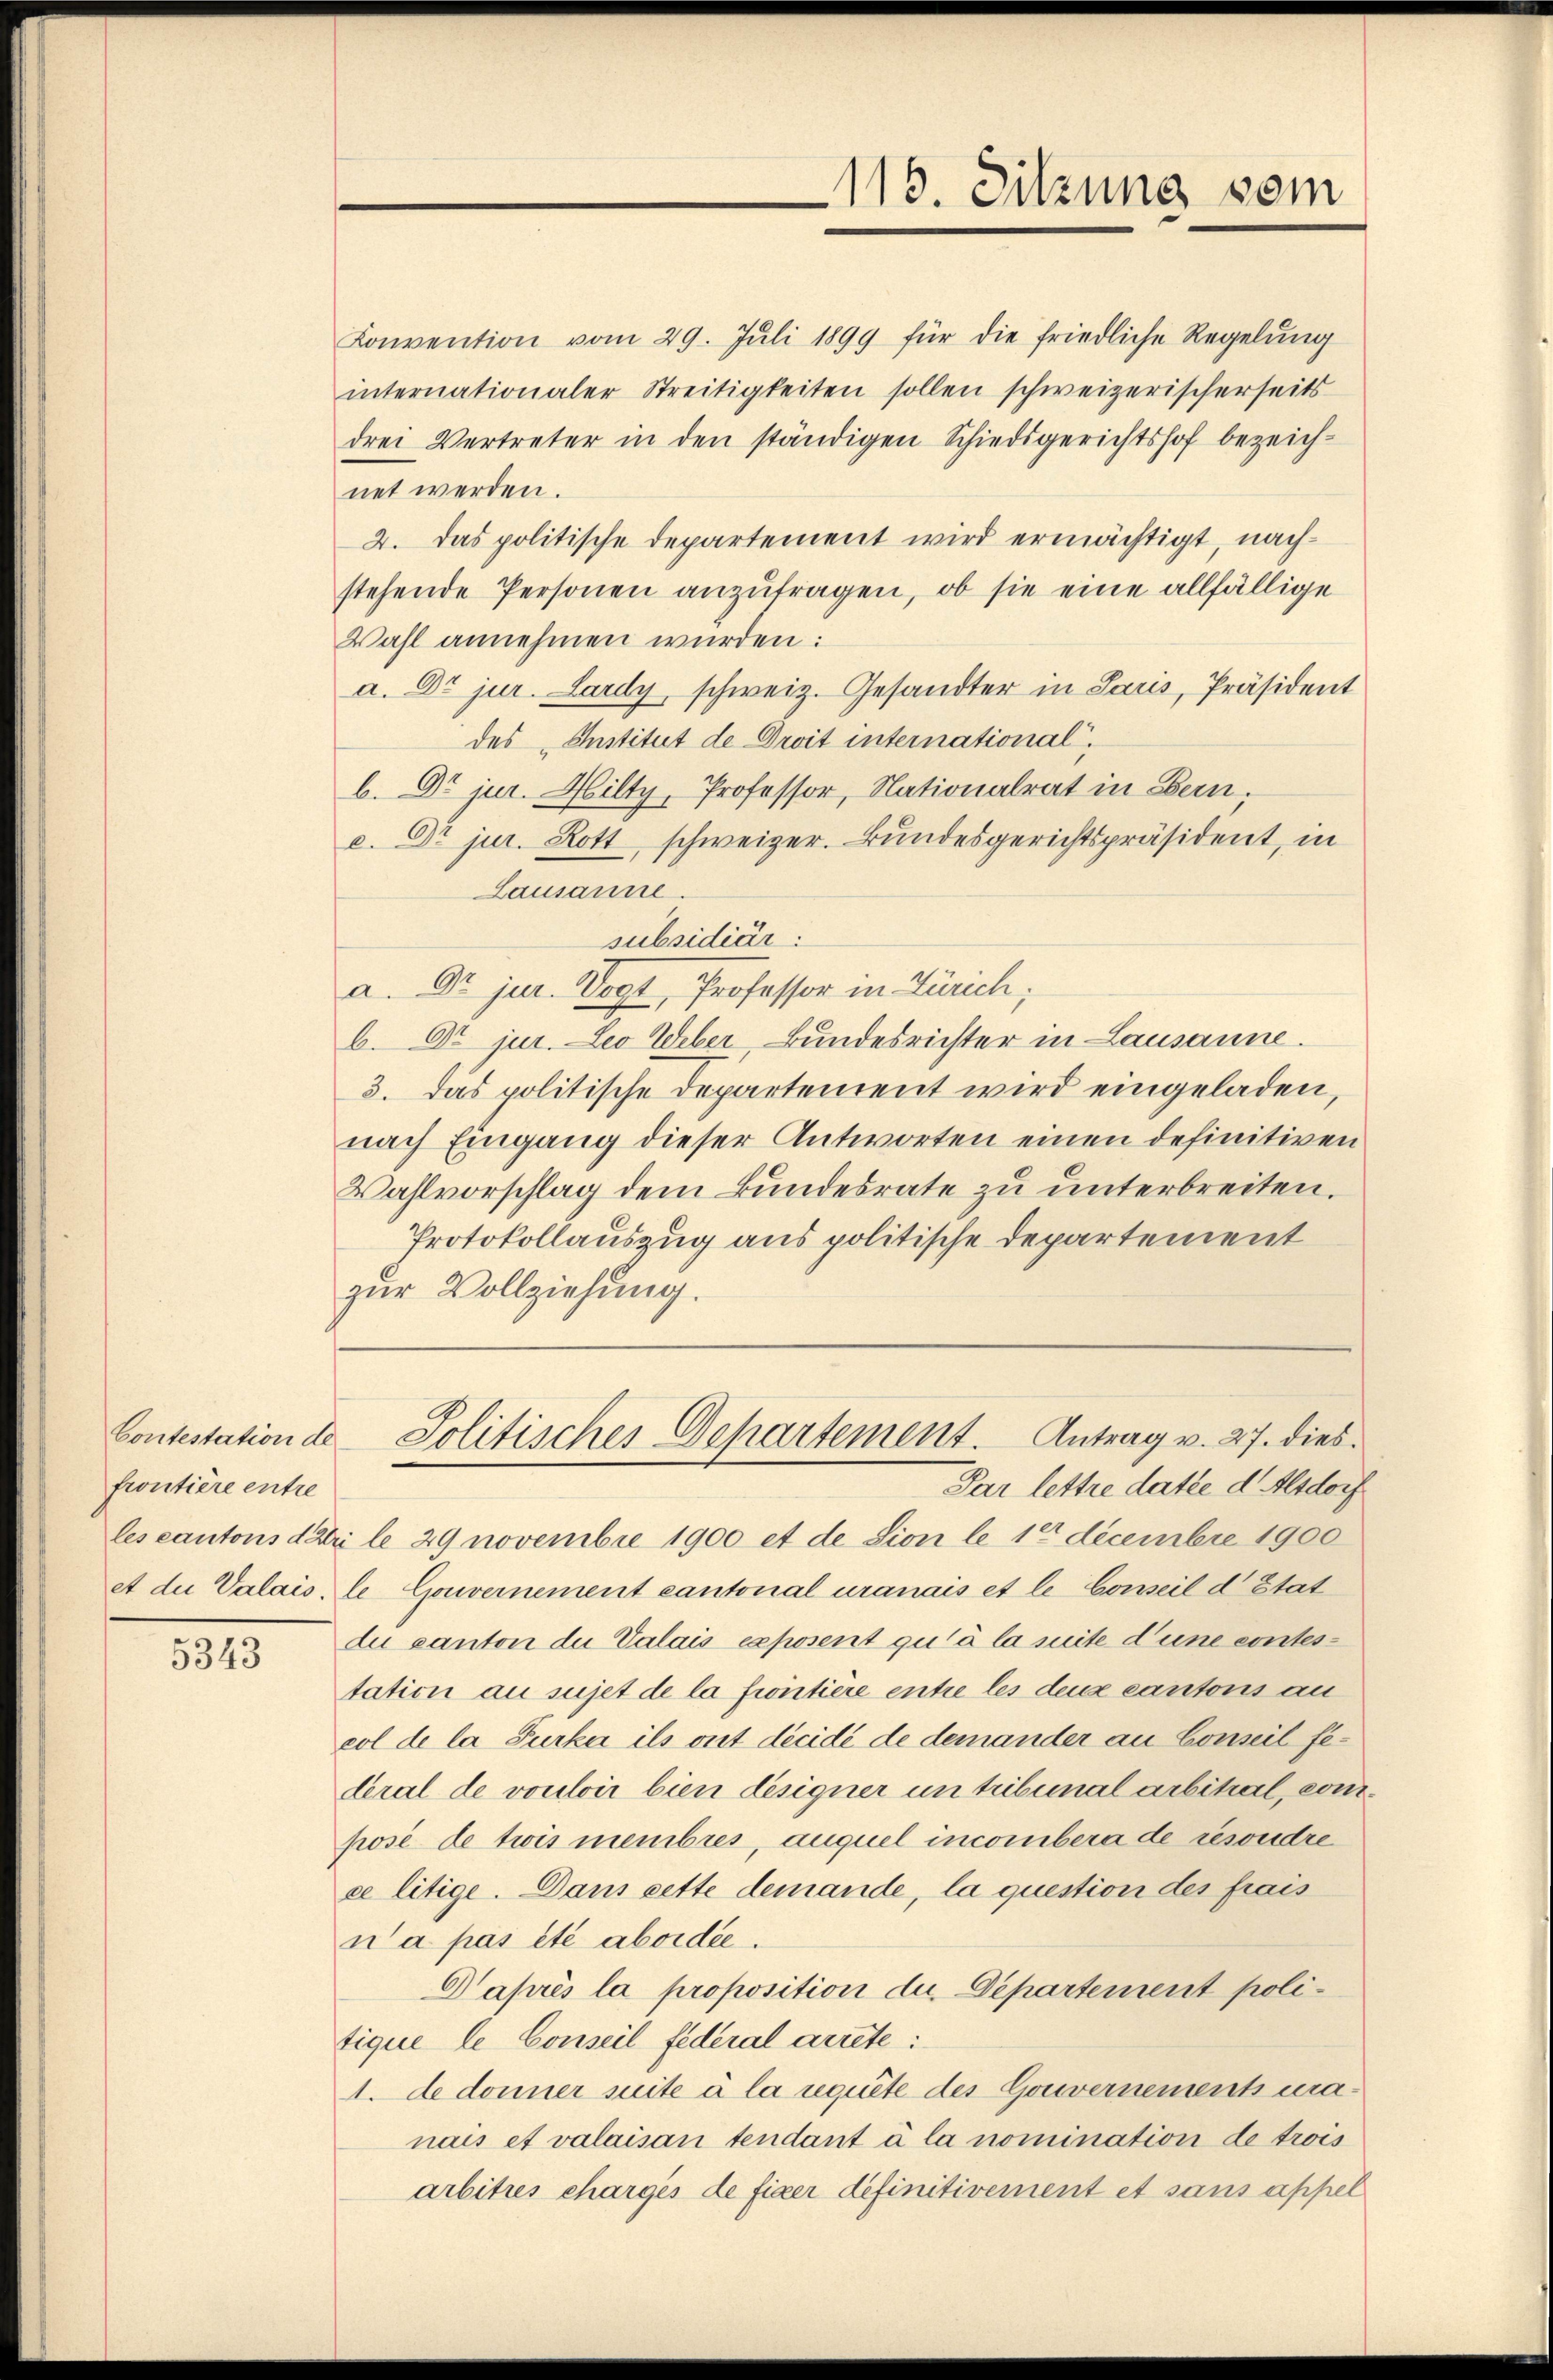
frontière entre

5343

Konvention vom 29. Jŭli 1899 für die friedliche Regelŭng
internationaler Streitigkeiten sollen schweizerischerseits
drei Vertreter in den ständigen Schiedsgerichtshof bezeich-
net werden.
2. Das politische Departement wird ermächtigt, nachstehende Personen anzufragen, ob sie eine allfällige
Wahl annehmen wurden:
a. Dr jur. Lardy, schweiz. Gesandter in Paris, Präsident
des Institut de Droit international,
b. Dr jur. Hilty, Professor, Nationalrat in Bern,
c. Dr jur. Rott, schweizer. Bundesgerichtspräsident, in
Lausanne.
subsidiär:
a. Dr jur. Vogt, Professor in Zürich;
b. Dr jur. Leo Weber Bundesrichter in Lausanne.
3. Das politische Departement wird eingeladen,
nach Eingang dieser Antworten einen definitiven
Wahlvorschlag dem Bundesrate zu unterbreiten.
Protokollauszug aus politische Departement
zur Vollziehung.
Contestation de Politisches Departement. Antrag v. 27. dies
Par lettre datie d. Alsdorf
les cantons der le 29 novembre 1900 et de sion le 10 decembre 1900
et die Valais, le Gouvernement cantonal uranais et le Conseil d’Etat
du canton die Valais exposent qu’à la suite d’une contestation au sujet de la frontière entre les deux cantons an
col de la Furka ils ont décidé de demander an Conseil federal de vouloir bien designer un tribunal arbital, von
posé de twis membres, auquel incombera de resondre
ce litige. Dans cette demande, la question des frais
na pas été abordée.
Gaprès la proposition du. Departement politique le Conseil fédéral arrete:
A. de donner suite à la requite des Gouvernement manais et valaisan tendant à la nomination de trois
arbitres charges de fixer definitivement et sans appel

119. Sitzung vom